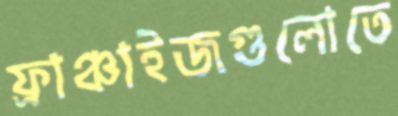
ফ্রাঞ্চাইজগুলোতে